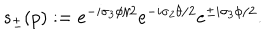
LaTeX: s _ { \pm } ( p ) : = e ^ { - i \sigma _ { 3 } \phi / 2 } e ^ { - i \sigma _ { 2 } \theta / 2 } e ^ { \pm i \sigma _ { 3 } \phi / 2 } .